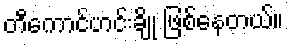
တီကောင်ဟင်းချို ဖြစ်နေတယ်။